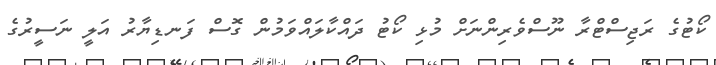
ކޯޓުގެ ރަޖިސްޓްރާ ނޫސްވެރިންނަށް މުޅި ކޯޓު ދައްކާލައްވަމުން ގޮސް ފަނޑިޔާރު އަލީ ނަސީރުގެ